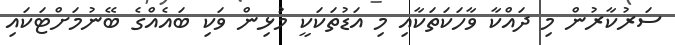
ސަރުކާރުން މި ދައްކާ ވާހަކަތަކާއި މި އަޑުތަކަކީ މުޅިން ވަކި ބައެއްގެ ބޭނުމަށްޓަކައި